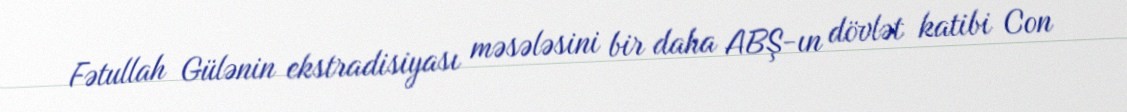
Fətullah Gülənin ekstradisiyası məsələsini bir daha ABŞ-ın dövlət katibi Con